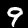
Digit: 9